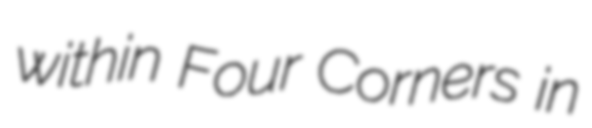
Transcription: within Four Corners in